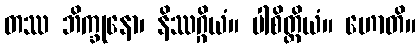
တဿ ဘိက္ခုနော၊ နိဿဂ္ဂိယံ။ ပါစိတ္တိယံ။ ဟောတိ။